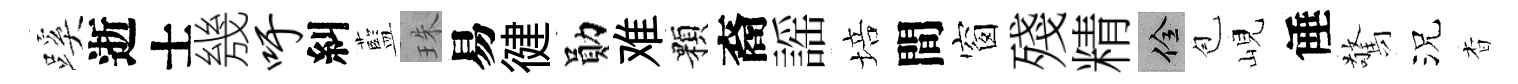
蹊逝士㡬吁糾藍珠易徤勛难顆裔謡培間窗殘精佺苞峴倕驚況杳